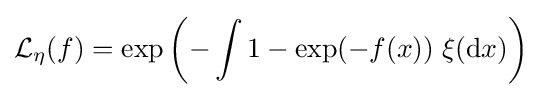
{\mathcal {L}}_{\eta }(f)=\exp \left(-\int 1-\exp(-f(x))\;\xi (\mathrm {d} x)\right)